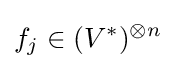
f_{j}\in (V^{*})^{\otimes n}